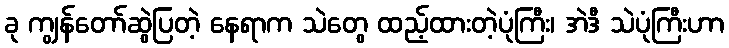
ခု ကျွန်တော်ဆွဲပြတဲ့ နေရာက သဲတွေ ထည့်ထားတဲ့ပုံကြီး၊ အဲဒီ သဲပုံကြီးဟာ